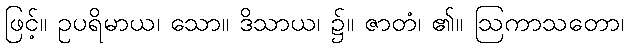
ဖြင့်။ ဥပရိမာယ၊ သော။ ဒိသာယ၊ ၌။ ဇာတံ၊ ၏။ ဩကာသတော၊